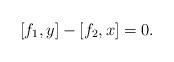
LaTeX: \begin{align*} [f_{1},y] - [f_{2},x] = 0.\end{align*}